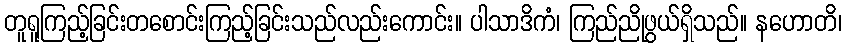
တူရူကြည့်ခြင်းတစောင်းကြည့်ခြင်းသည်လည်းကောင်း။ ပါသာဒိကံ၊ ကြည်ညိုဖွယ်ရှိသည်။ နဟောတိ၊